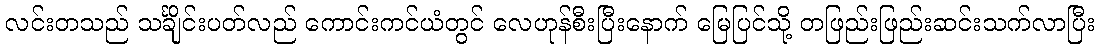
လင်းတသည် သင်္ချိုင်းပတ်လည် ကောင်းကင်ယံတွင် လေဟုန်စီးပြီးနောက် မြေပြင်သို့ တဖြည်းဖြည်းဆင်းသက်လာပြီး